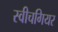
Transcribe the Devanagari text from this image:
स्वीचगियर